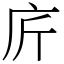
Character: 庍